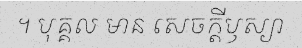
។ បុគ្គល មាន សេចក្តីឫស្យា